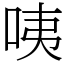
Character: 咦